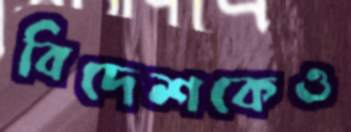
বিদেশকেও